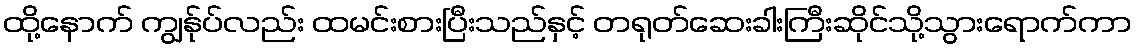
ထို့နောက် ကျွန်ုပ်လည်း ထမင်းစားပြီးသည်နှင့် တရုတ်ဆေးခါးကြီးဆိုင်သို့သွားရောက်ကာ